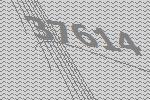
37614